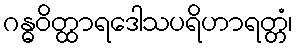
ဂန္ဓဝိတ္ထာရဒေါသပရိဟာရတ္တံ၊